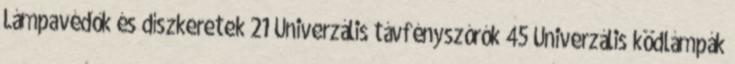
Lámpavédők és díszkeretek 21 Univerzális távfényszórók 45 Univerzális ködlámpák